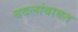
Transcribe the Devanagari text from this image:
बदलांबाबत